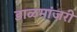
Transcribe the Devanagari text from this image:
डाळमांजरी